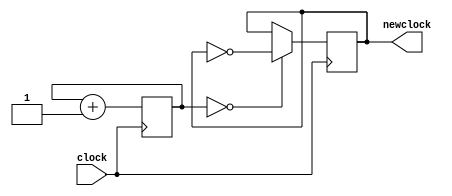
`timescale 1ns / 1ps
//////////////////////////////////////////////////////////////////////////////////
// Company: 
// Engineer: 
// 
// Design Name: 
// Module Name: Subtask_F_sixHzclock
// Project Name: 
// Target Devices: 
// Tool Versions: 
// Description: 
// 
// Dependencies: 
// 
// Revision:
// Revision 0.01 - File Created
// Additional Comments:
// 
//////////////////////////////////////////////////////////////////////////////////


module Subtask_F_sixHzclock(
    input clock,
    output reg newclock = 0
    );
    
    // 5.96 Hz
    reg [22:0] count = 0;
    
    always @ (posedge clock) begin
        count <= count + 1;
        newclock <= (count == 0) ? ~newclock : newclock;
    end
endmodule